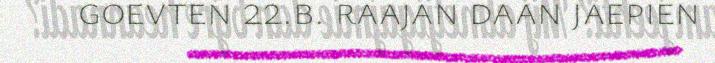
goevten 22.b. raajan daan jaepien